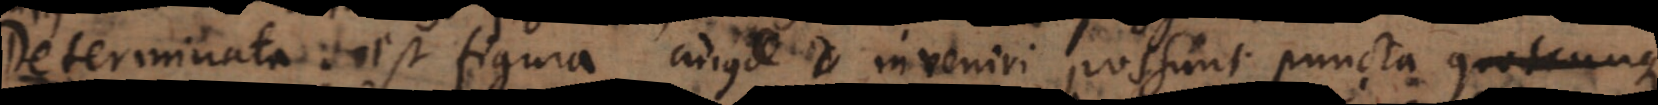
Determinata est figura cujus inveniri possunt puncta quotcunque